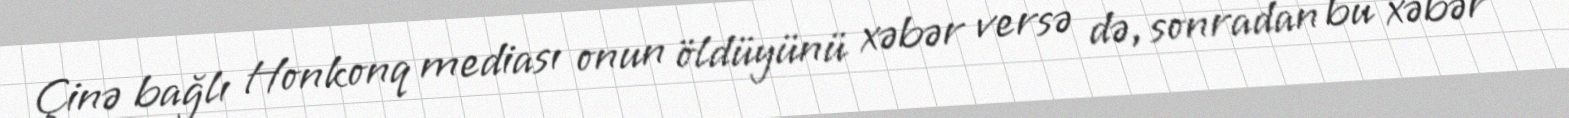
Çinə bağlı Honkonq mediası onun öldüyünü xəbər versə də, sonradan bu xəbər